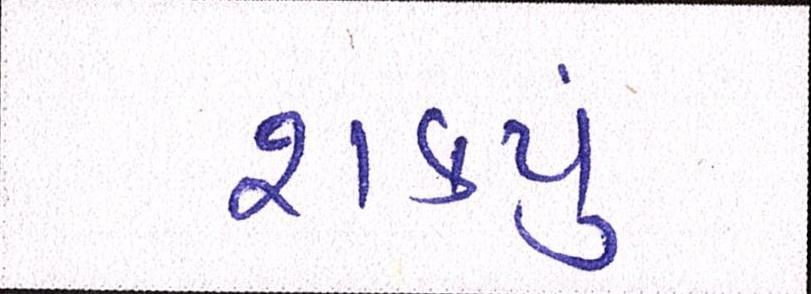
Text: શકયું